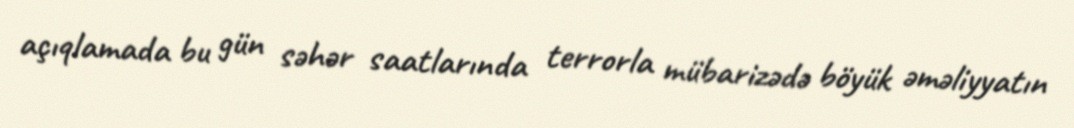
açıqlamada bu gün səhər saatlarında terrorla mübarizədə böyük əməliyyatın